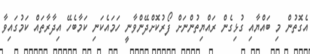
އެގޮތުން މި ބައްޔާއި ގުޅިގެން ރައްޔިތުންނަށް ފޯރުކޮށްދޭންވާނީ ހަމައެކަނި ކަމާބެހޭ އިދާރާތައް ކަމުގައިވާ